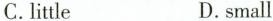
C.little D.small